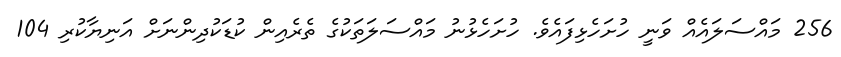
256 މައްސަލައެއް ވަނީ ހުށަހެޅިފައެވެ. ހުށަހެޅުނު މައްސަލަތަކުގެ ތެރެއިން ކުޑަކުދިންނަށް އަނިޔާކުރި 104